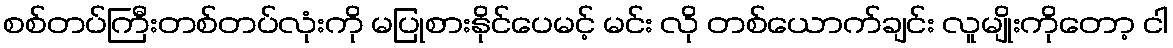
စစ်တပ်ကြီးတစ်တပ်လုံးကို မပြုစားနိုင်ပေမင့် မင်း လို တစ်ယောက်ချင်း လူမျိုးကိုတော့ ငါ